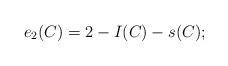
LaTeX: \begin{align*} e_2(C)=2-I(C)-s(C);\end{align*}